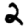
Digit: 2